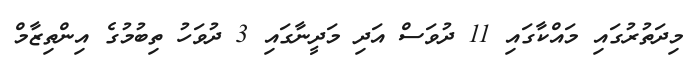
މިދަތުރުގައި މައްކާގައި 11 ދުވަސް އަދި މަދީނާގައި 3 ދުވަހު ތިބުމުގެ އިންތިޒާމް